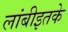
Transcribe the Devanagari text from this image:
लांबीइतके